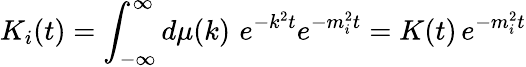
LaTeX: K_{i}(t)=\int_{-\infty}^{\infty}d\mu(k)\, \, e^{-k^{2}t}e^{-m_{i}^{2}t}=K(t)\, e^{-m_{i}^{2}t}